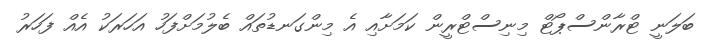
ބަލަނީ ޓްރާންސްޕޯޓް މިނިސްޓްރީން ކަމަށާއި އެ މިންގަނޑުތައް ބެލުމަށްފަހު އަހަރަކު އެއް ފަހަރު